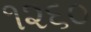
૧૨૬૦